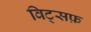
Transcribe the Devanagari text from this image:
विट्सफ़